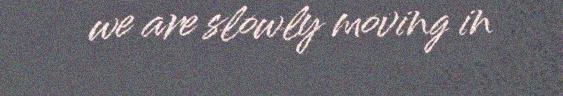
we are slowly moving in